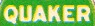
QUAKER